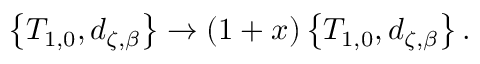
\left\{ T _ { 1 , 0 } , d _ { \zeta , \beta } \right\} \rightarrow \left( 1 + x \right) \left\{ T _ { 1 , 0 } , d _ { \zeta , \beta } \right\} .